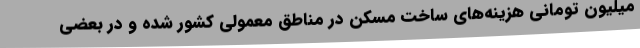
میلیون تومانی هزینه‌های ساخت مسکن در مناطق معمولی کشور شده و در بعضی